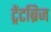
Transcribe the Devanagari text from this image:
ट्रेंटब्रिज